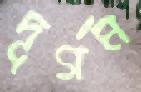
দূর্গম